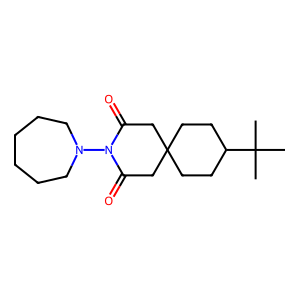
SMILES: CC(C)(C)C1CCC2(CC1)CC(=O)N(N1CCCCCC1)C(=O)C2
Inhibits HIV replication: No